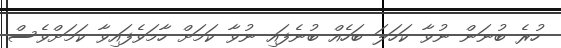
ހުރެ ބުނަން ނުވާ ކަހަލަ ބަހެއް ބުނެފައި ނުވާ ކަމަށް ހާމަވެފައިވާ ކަމަށްވެސް